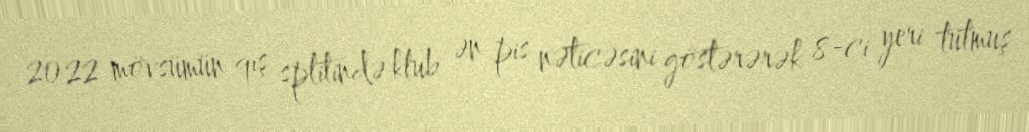
2022 mövsümün qış splitində klub ən pis nəticəsini göstərərək 8-ci yeri tutmuş